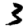
Digit: 3